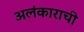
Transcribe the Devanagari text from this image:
अलंकाराची